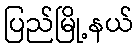
ပြည်မြို့နယ်